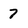
Character: 7